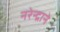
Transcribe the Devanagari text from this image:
नरेन्द्राने